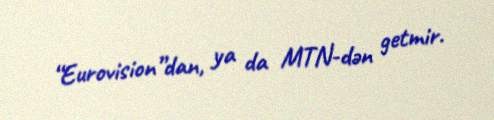
“Eurovision”dan, ya da MTN-dən getmir.